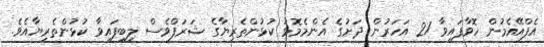
އެފްއޭއެމުން ހޮވާފައިވާ 21 އަހަރުން ދަށުގެ އެންމެމޮޅު ކުޅުންތެރިޔާގެ ޝަރަފްވެސް ލިބިފައިވާ ކުޅުންތެރިޔާއެވެ.